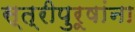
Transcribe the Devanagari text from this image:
स्त्रीपुरूषांना